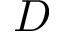
D